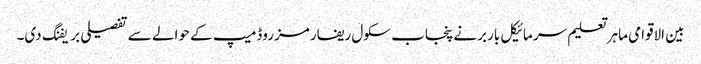
بین الاقوامی ماہر تعلیم سر مائیکل باربرنے پنجاب سکول ریفارمز روڈمیپ کے حوالے سے تفصیلی بریفنگ دی۔